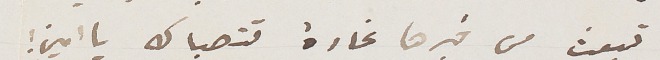
تبعث من خبرها غارة تتصباك يا امين!